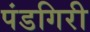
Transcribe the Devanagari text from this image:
पंडगिरी